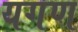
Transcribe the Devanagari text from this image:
यगण